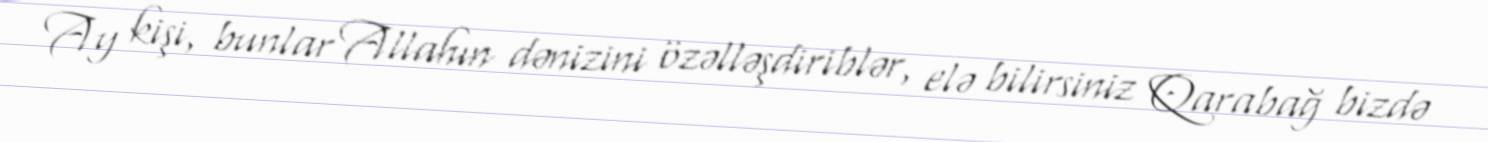
Ay kişi, bunlar Allahın dənizini özəlləşdiriblər, elə bilirsiniz Qarabağ bizdə